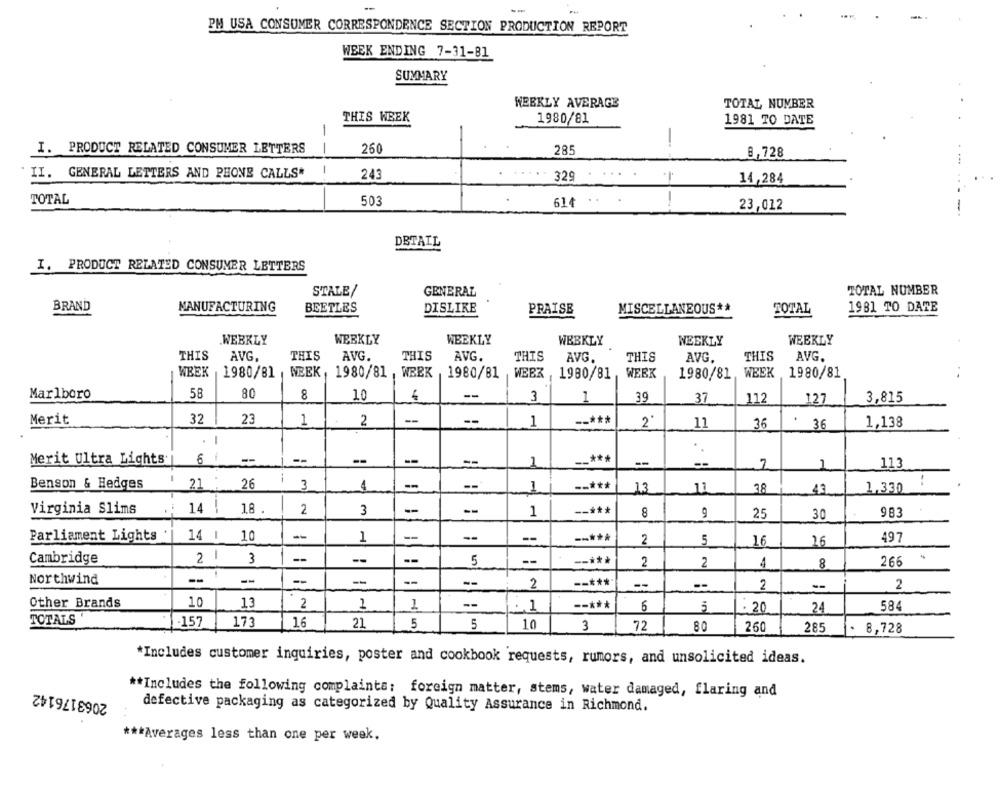
-
--
PM USA CONSUMER CORRESPONDENCE SECTION PRODUCTION REPORT
WEEK ENDING 7-31-81
SUMMARY
WEEKLY AVERAGE
TOTAL NUMBER
THIS WEEK
1980/81
1981 TO DATE
I. PRODUCT RELATED CONSUMER LETTERS
260
285
8,728
-
243
II. GENERAL LETTERS AND PHONE CALLS*
329
14,284
TOTAL
503
614
23,012
DETAIL
I. PRODUCT RELATED CONSUMER LETTERS
STALE/
GENERAL
TOTAL NUMBER
BRAND
MANUFACTURING
BEETLES
MISCELLANEOUS **
1981 TO DATE
DISLIKE
PRAISE
TOTAL
WEEKLY
WEEKLY
WEEKLY
WEEKLY
WEEKLY
WEEKLY
THIS
AVG.
THIS
AVG.
THIS
AVG.
THIS
THIS
AVG.
THIS
AVG.
AVG.
WEEK
MEEK
1980/81
1980/81
1980/81 , WEEK
1980/81
WEEK
1980/81 WEEK
1980/81, WEEK
..
Marlboro
58
80
8
10
--
3
1
39
37
112
127
3,815
32
23
--
--***
Merit
1
2
--
1
2*
11
36
: 36
1,138
.
.
6
--
--
--
--***
Merit Ultra Lights.
--
1
--
2
1
113
i
:
Benson & Hedges
21
26
3
4
-
--
1
--***
13
11
38
43
1,330
Virginia Slims
14 !
18 .
2
3
--
--
1
--***
8
25
983
30
Parliament Lights
14 1 10
-
1
--
--***
497
2
5
16
16
Cambridge
2
3
-
--
5
--
--***
2
2
266
4
8
--
Northwind
--
--
--
2
--***
--
--
2
2
--
Other Brands
10
13
2
1
1
. 1
--***
6
5
20
24
584
TOTALS
.157
173
16
21
5
5
10
3
72
80
260
285
- 8,728
*Includes customer inquiries, poster and cookbook requests, rumors, and unsolicited ideas.
2063176142
** Includes the following complaints: foreign matter, stems, water damaged, flaring and
defective packaging as categorized by Quality Assurance in Richmond.
*** Averages less than one per week.